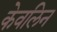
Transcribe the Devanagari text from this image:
केवलिन